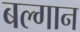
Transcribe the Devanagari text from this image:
बल्गान